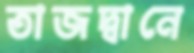
তাজদ্বানে